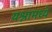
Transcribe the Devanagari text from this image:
यश्नामध्ये